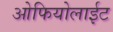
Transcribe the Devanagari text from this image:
ओफियोलाईट